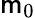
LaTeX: \mathsf{m}_{0}